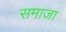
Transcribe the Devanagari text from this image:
समाजा